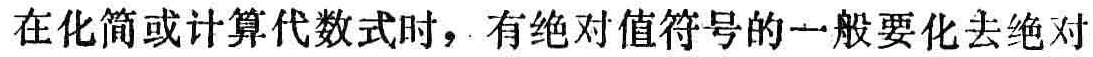
在化简或计算代数式时，有绝对值符号的一般要化去绝对